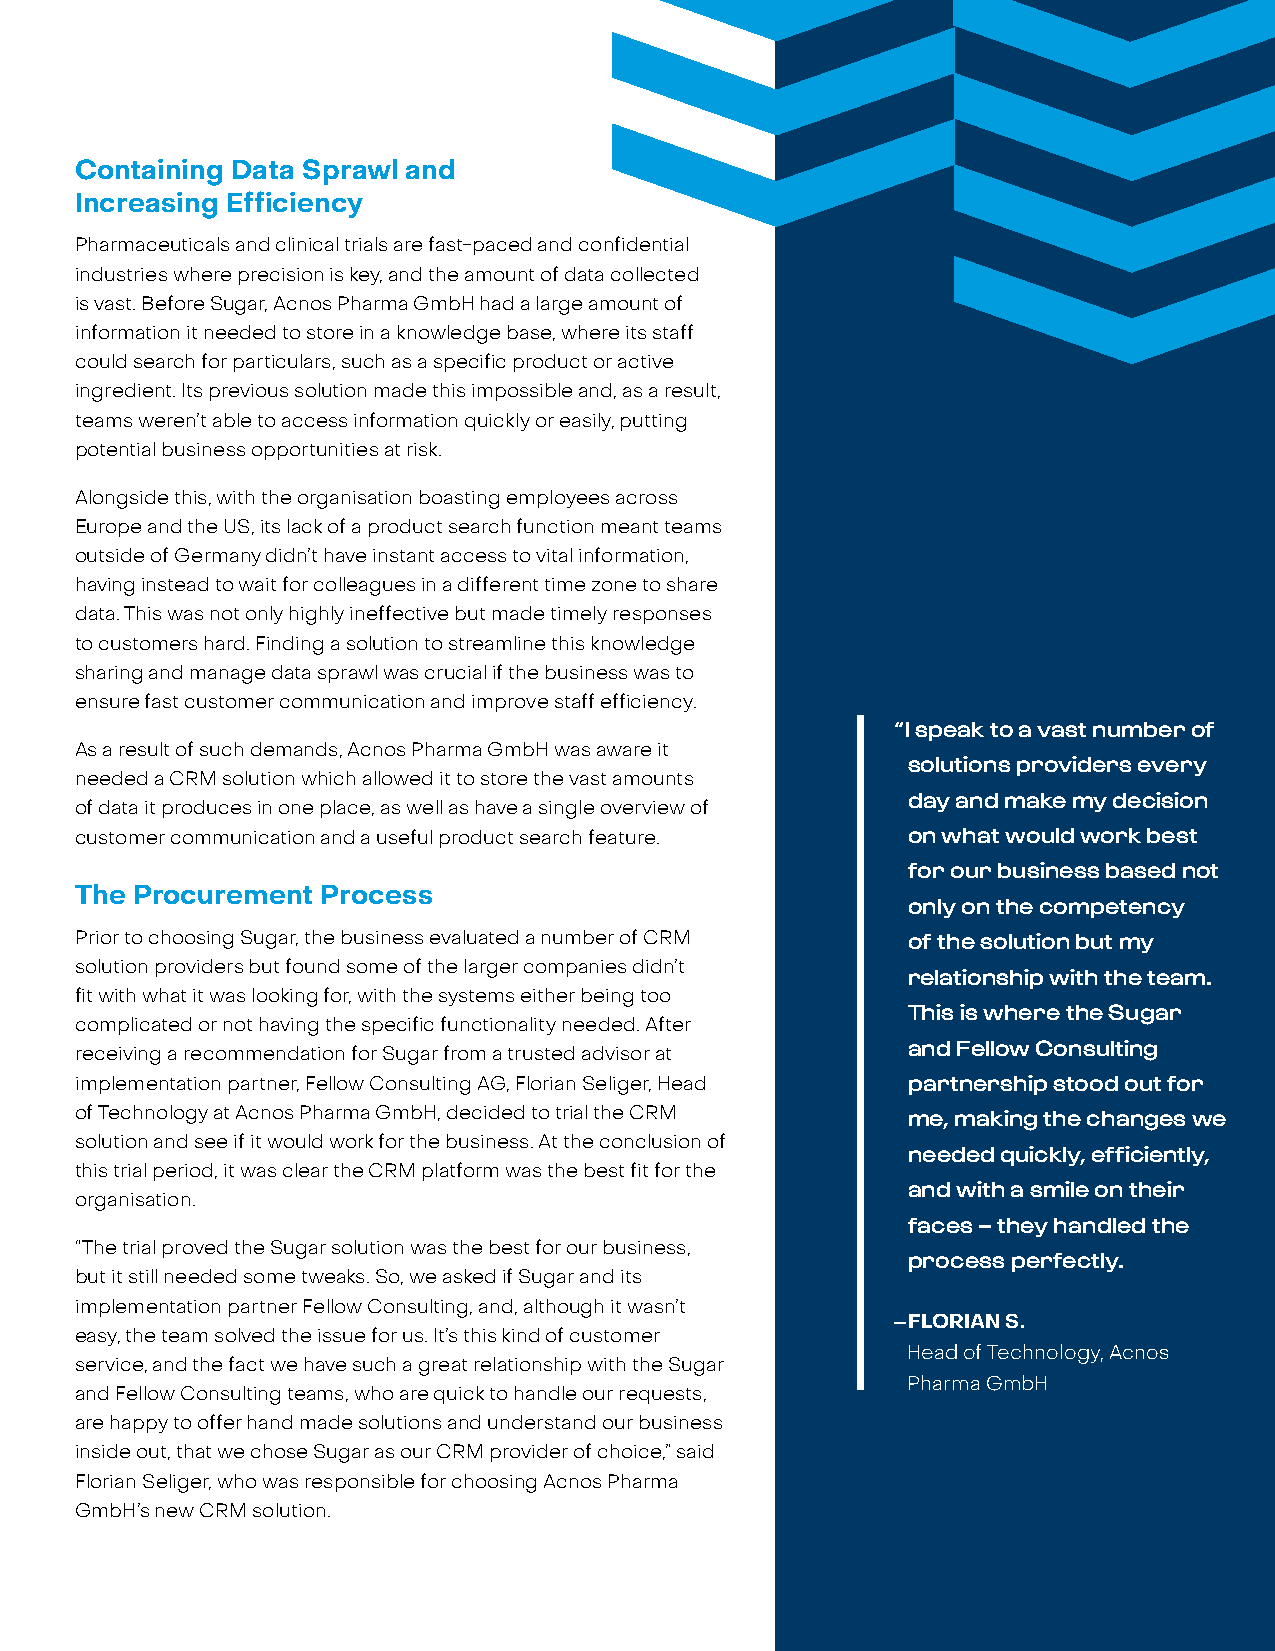
Containing Data Sprawl and
 Increasing Efficiency
 Pharmaceuticals and clinical trials are fast-paced and confidential
 industries where precision is key, and the amount of data collected
 is vast. Before Sugar, Acnos Pharma GmbH had a large amount of
 information it needed to store in a knowledge base, where its staff
 could search for particulars, such as a specific product or active
 ingredient. Its previous solution made this impossible and, as a result,
 teams weren’t able to access information quickly or easily, putting
 potential business opportunities at risk.
 Alongside this, with the organisation boasting employees across
 Europe and the US, its lack of a product search function meant teams
 outside of Germany didn’t have instant access to vital information,
 having instead to wait for colleagues in a different time zone to share
 data. This was not only highly ineffective but made timely responses
 to customers hard. Finding a solution to streamline this knowledge
 sharing and manage data sprawl was crucial if the business was to
 ensure fast customer communication and improve staff efficiency.
 “I speak to a vast number of
 As a result of such demands, Acnos Pharma GmbH was aware it
 solutions providers every
 needed a CRM solution which allowed it to store the vast amounts
 day and make my decision
 of data it produces in one place, as well as have a single overview of
 customer communication and a useful product search feature. on what would work best
 for our business based not
 The Procurement Process
 only on the competency
 Prior to choosing Sugar, the business evaluated a number of CRM of the solution but my
 solution providers but found some of the larger companies didn’t
 relationship with the team.
 fit with what it was looking for, with the systems either being too
 This is where the Sugar
 complicated or not having the specific functionality needed. After
 receiving a recommendation for Sugar from a trusted advisor at and Fellow Consulting
 implementation partner, Fellow Consulting AG, Florian Seliger, Head partnership stood out for
 of Technology at Acnos Pharma GmbH, decided to trial the CRM
 me, making the changes we
 solution and see if it would work for the business. At the conclusion of
 needed quickly, efficiently,
 this trial period, it was clear the CRM platform was the best fit for the
 and with a smile on their
 organisation.
 faces – they handled the
 “The trial proved the Sugar solution was the best for our business,
 process perfectly.
 but it still needed some tweaks. So, we asked if Sugar and its
 implementation partner Fellow Consulting, and, although it wasn’t
 —FLORIAN S.
 easy, the team solved the issue for us. It’s this kind of customer
 Head of Technology, Acnos
 service, and the fact we have such a great relationship with the Sugar
 Pharma GmbH
 and Fellow Consulting teams, who are quick to handle our requests,
 are happy to offer hand made solutions and understand our business
 inside out, that we chose Sugar as our CRM provider of choice,” said
 Florian Seliger, who was responsible for choosing Acnos Pharma
 GmbH’s new CRM solution.